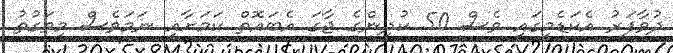
ދުވާފަރު އެކަޑެމީގައި ވެސް 50 ކުދިންގެ ޖާގަ އެބައޮތް ކަމަށާއި ނަމަވެސް މިވަގުތު